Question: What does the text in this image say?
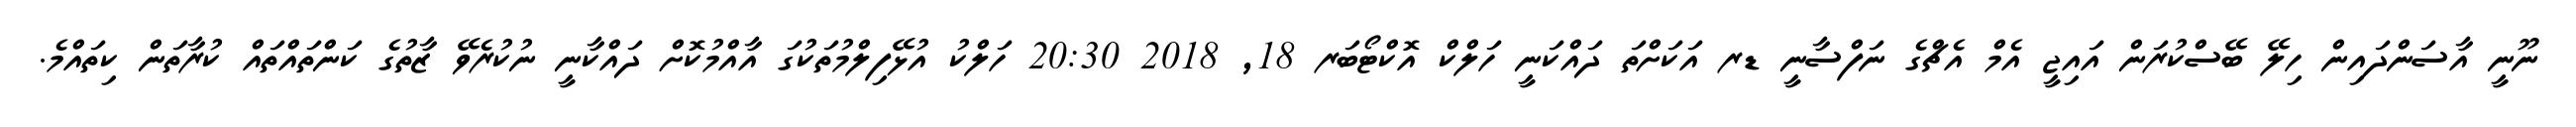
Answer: ނޫނީ އާސަންދައިން ހިލޭ ބޭސްކުރަން އައިޖީ އެމް އެޗްގެ ނަފްސާނީ ޑރ އަކަށްތަ ދައްކަނީ ހަލްކް އޮކްޓޯބަރ 18, 2018 20:30 ހަލްކު އުޅޭފިލްމުތަކުގަ އާއްމުކޮށް ދައްކާނީ ނުކުރެވޭ ޒާތުގެ ކަންތައްތައް ކުރާތަން ކިތައްމެ.